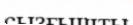
сызғышты